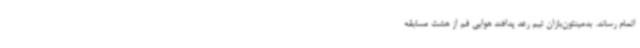
اتمام رساند. بدمینتون‌بازان تیم رعد پدافند هوایی قم از هشت مسابقه